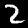
Label: 2